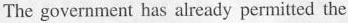
The government has already permitted the